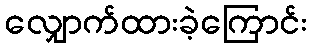
လျှောက်ထားခဲ့ကြောင်း